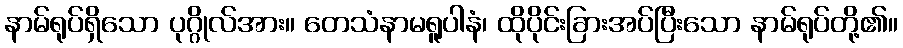
နာမ်ရုပ်ရှိသော ပုဂ္ဂိုလ်အား။ တေသံနာမရူပါနံ၊ ထိုပိုင်းခြားအပ်ပြီးသော နာမ်ရုပ်တို့၏။